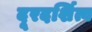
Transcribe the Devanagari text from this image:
दूरदर्शित्व